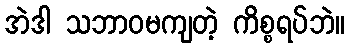
အဲဒါ သဘာဝမကျတဲ့ ကိစ္စရပ်ဘဲ။